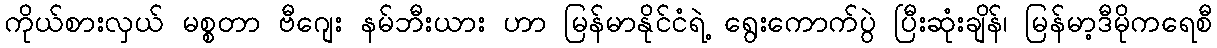
ကိုယ်စားလှယ် မစ္စတာ ဗီဂျေး နမ်ဘီးယား ဟာ မြန်မာနိုင်ငံရဲ့ ရွေးကောက်ပွဲ ပြီးဆုံးချိန်၊ မြန်မာ့ဒီမိုကရေစီ